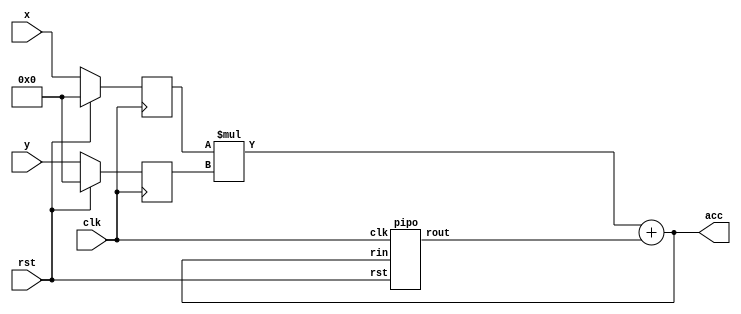
///----------MAC---------------///


module mac(input clk,rst,input [31:0] x,y,output  [63:0]acc);
wire[63:0] w1,x1;
reg [31:0] in1,in2;
assign w1=in1*in2;
assign acc=w1+x1;
pipo p1(acc,clk,rst,x1);
always@(posedge clk)
begin
in1=x;in2=y;
 if(rst)begin in1<=32'd0;in2<=32'd0;end
end
endmodule


//-----------------PIPO--------------------//

module pipo(input[63:0]rin,input clk,rst,output reg [63:0]rout);
always@(posedge clk )
 begin
  if(rst) rout<=64'd0;
  else rout<=rin;
 end
endmodule






///--------------------testBench------------------///
module tb;
reg clk,rst;
reg [31:0]x,y;
wire [63:0]acc;
always #1 clk=~clk;
mac m1(clk,rst,x,y,acc);
initial begin
clk=1'b1;
$monitor($time," rst=%d x=%0d  y=%0d  acc=%0d",rst,x,y,acc);
#2 rst=1; x=32'd5 ;y=32'd1;
#2 rst=0; x=32'd5 ;y=32'd2;
#2 rst=0; x=32'd5 ;y=32'd3;
#2 rst=1; //x=32'd5 ;y=32'd1;
#2 rst=0; x=32'd5 ;y=32'd1;
#2 rst=0; x=32'd5 ;y=32'd3;
#2 rst=0; x=32'd5 ;y=32'd1;
#2 rst=0; x=32'd5 ;y=32'd2;
 $finish;
end
endmodule